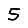
Digit: 5